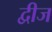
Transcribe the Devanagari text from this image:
द्वीज